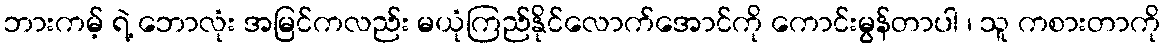
ဘားကမ့် ရဲ့ ဘောလုံး အမြင်ကလည်း မယုံကြည်နိုင်လောက်အောင်ကို ကောင်းမွန်တာပါ ၊ သူ ကစားတာကို